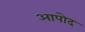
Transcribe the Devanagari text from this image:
आपोद